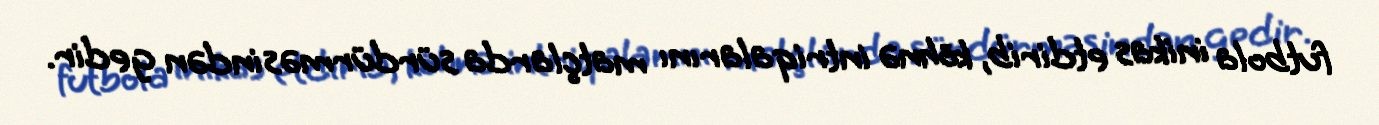
futbola inikas etdirib, köhnə intriqalarını matçlarda sürdürməsindən gedir.